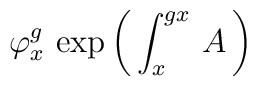
\varphi^g_x \, \exp \left( \, \int^{gx}_x \, A \, \right)